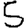
Digit: 5